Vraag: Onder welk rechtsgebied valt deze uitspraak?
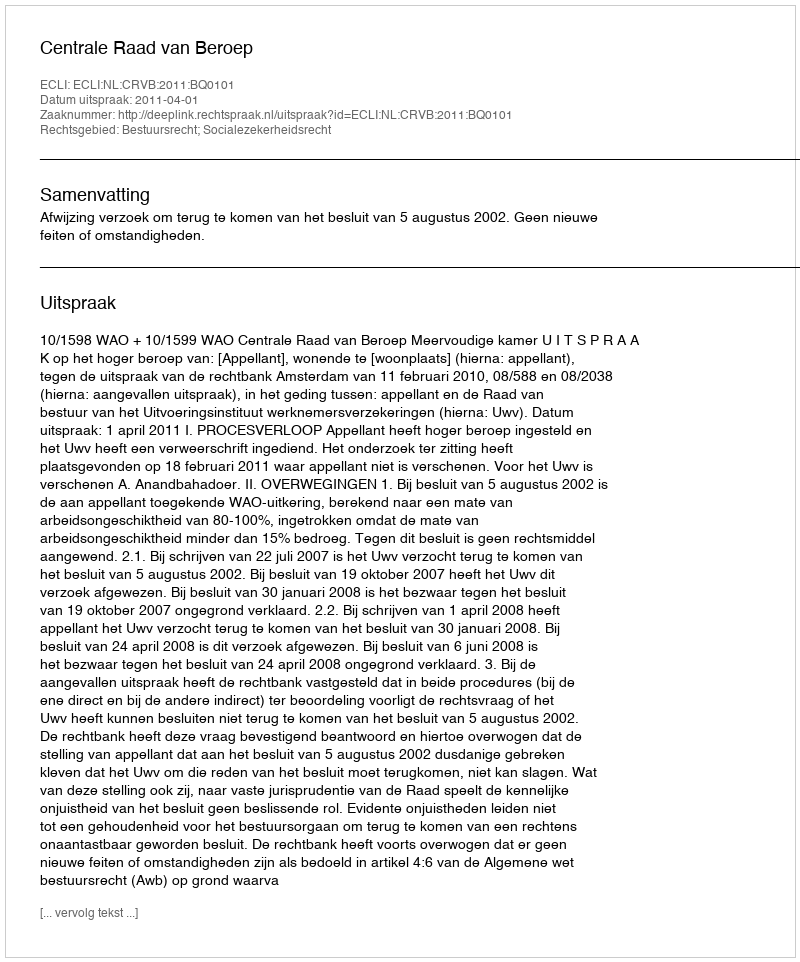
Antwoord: Bestuursrecht; Socialezekerheidsrecht